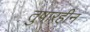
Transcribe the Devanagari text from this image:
तुषारहीन